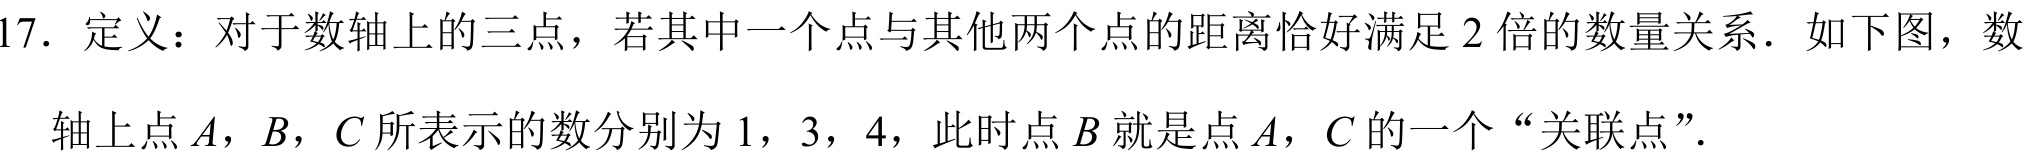
17. 定义：对于数轴上的三点，若其中一个点与其他两个点的距离恰好满足 \(2\) 倍的数量关系．如下图，数轴上点 \(A\)，\(B\)，\(C\) 所表示的数分别为 \(1\)，\(3\)，\(4\)，此时点 \(B\) 就是点 \(A\)，\(C\) 的一个“关联点”．